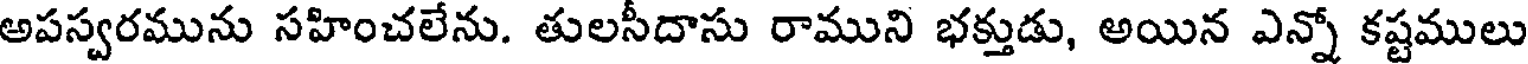
అపస్వరమును సహించలేను. తులసీదాసు రాముని భక్తుడు, అయిన ఎన్నో కష్టములు